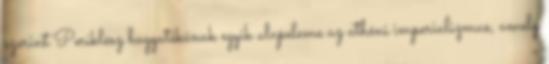
szerint Periklész hagyatékának egyik alapeleme az athéni imperializmus, amely